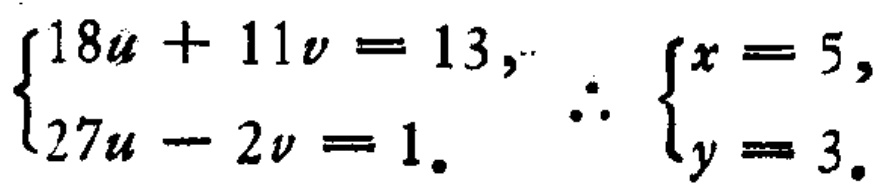
\(\begin{cases}18u + 11v = 13,\\27u - 2v = 1.\end{cases}\therefore\begin{cases}x = 5,\\y = 3.\end{cases}\)